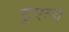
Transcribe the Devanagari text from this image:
टुएल्व